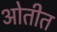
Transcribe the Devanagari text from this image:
ओतीत